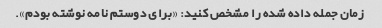
زمان جمله داده شده را مشخص کنید: «برای دوستم نامه نوشته بودم».